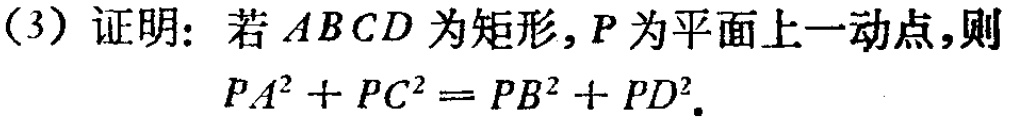
(3) 证明: 若 \(ABCD\) 为矩形, \(P\) 为平面上一动点,则
\(PA^{2}+PC^{2}=PB^{2}+PD^{2}\).